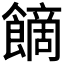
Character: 𩝿